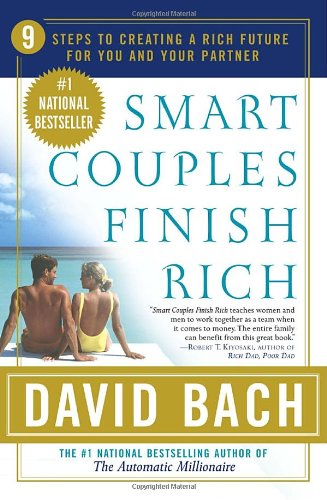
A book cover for Smart Couples Finish Rich: 9 Steps to Creating a Rich Future for You and Your Partner; David Bach; Business & Money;